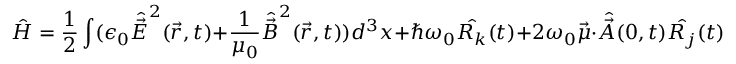
{ \hat { H } } = { \frac { 1 } { 2 } } \int ( \epsilon _ { 0 } { \hat { \vec { E } } } ^ { 2 } ( { \vec { r } } , t ) + { \frac { 1 } { \mu _ { 0 } } } { \hat { \vec { B } } } ^ { 2 } ( { \vec { r } } , t ) ) d ^ { 3 } x + \hbar \omega _ { 0 } { \hat { R _ { k } } } ( t ) + 2 \omega _ { 0 } { \vec { \mu } } \cdot { \hat { \vec { A } } } ( 0 , t ) { \hat { R _ { j } } } ( t )